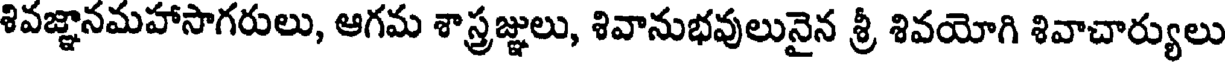
శివజ్ఞానమహాసాగరులు, ఆగమ శాస్త్రజ్ఞులు, శివానుభవులునైన శ్రీ శివయోగి శివాచార్యులు